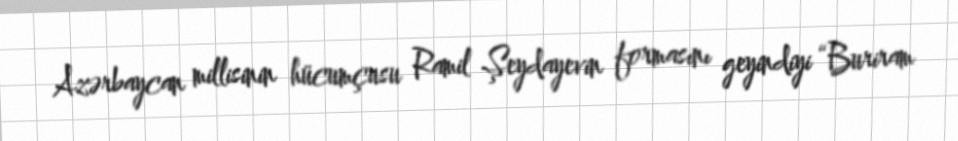
Azərbaycan millisinin hücumçusu Ramil Şeydayevin formasını geyindiyi “Buriram